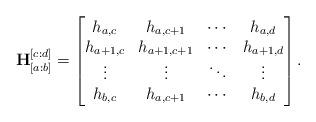
LaTeX: \begin{align*}\mathbf{H}_{[a:b]}^{[c:d]} = \begin{bmatrix} h_{a,c} & h_{a,c+1} & \cdots & h_{a,d} \\ h_{a+1,c} & h_{a+1,c+1} & \cdots & h_{a+1,d} \\ \vdots & \vdots & \ddots & \vdots \\ h_{b,c} & h_{a,c+1} & \cdots & h_{b,d}\end{bmatrix}.\end{align*}